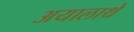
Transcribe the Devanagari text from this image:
अयालाथे